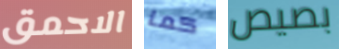
الاحمق كما بصيص